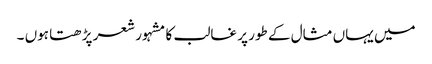
میں یہاں مثال کے طور پر غالب کا مشہور شعر پڑھتا ہوں ۔